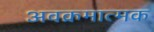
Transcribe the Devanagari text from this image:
अवक्रमात्मक